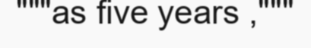
"""as five years ,"""